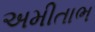
અમીતાભ